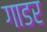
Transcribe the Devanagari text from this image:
गाडर